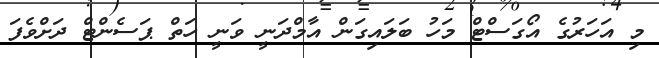
މި އަހަރުގެ އޯގަސްޓް މަހު ބަލައިގަން އާމްދަނީ ވަނީ ހަތް ޕަސެންޓް ދަށްވެފަ